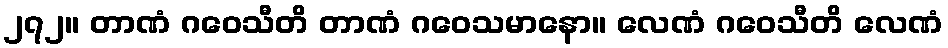
၂၇၂။ တာဏံ ဂဝေသီတိ တာဏံ ဂဝေသမာနော။ လေဏံ ဂဝေသီတိ လေဏံ